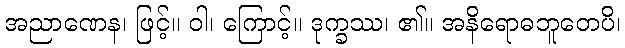
အညာဏေန၊ ဖြင့်။ ဝါ၊ ကြောင့်။ ဒုက္ခဿ၊ ၏။ အနိရောဓဘူတေပိ၊